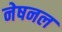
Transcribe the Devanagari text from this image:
नेषनल